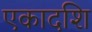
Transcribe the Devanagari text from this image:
एकादशि